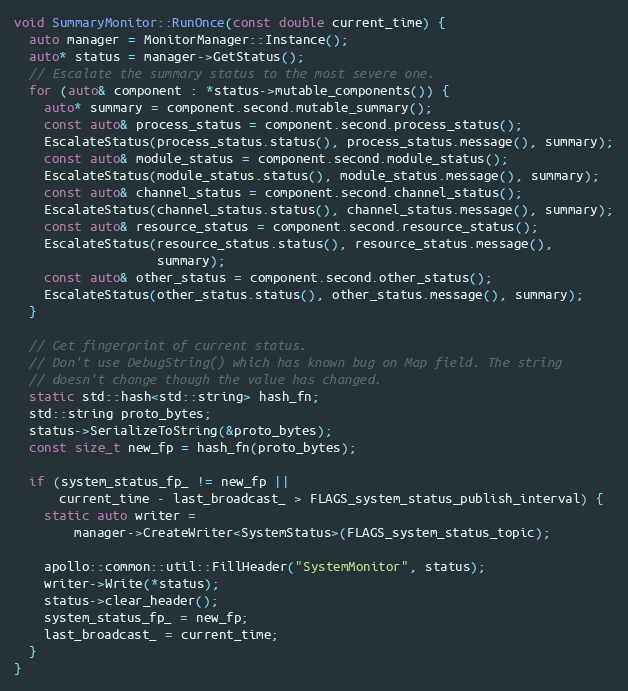
Language: C++
void SummaryMonitor::RunOnce(const double current_time) {
  auto manager = MonitorManager::Instance();
  auto* status = manager->GetStatus();
  // Escalate the summary status to the most severe one.
  for (auto& component : *status->mutable_components()) {
    auto* summary = component.second.mutable_summary();
    const auto& process_status = component.second.process_status();
    EscalateStatus(process_status.status(), process_status.message(), summary);
    const auto& module_status = component.second.module_status();
    EscalateStatus(module_status.status(), module_status.message(), summary);
    const auto& channel_status = component.second.channel_status();
    EscalateStatus(channel_status.status(), channel_status.message(), summary);
    const auto& resource_status = component.second.resource_status();
    EscalateStatus(resource_status.status(), resource_status.message(),
                   summary);
    const auto& other_status = component.second.other_status();
    EscalateStatus(other_status.status(), other_status.message(), summary);
  }

  // Get fingerprint of current status.
  // Don't use DebugString() which has known bug on Map field. The string
  // doesn't change though the value has changed.
  static std::hash<std::string> hash_fn;
  std::string proto_bytes;
  status->SerializeToString(&proto_bytes);
  const size_t new_fp = hash_fn(proto_bytes);

  if (system_status_fp_ != new_fp ||
      current_time - last_broadcast_ > FLAGS_system_status_publish_interval) {
    static auto writer =
        manager->CreateWriter<SystemStatus>(FLAGS_system_status_topic);

    apollo::common::util::FillHeader("SystemMonitor", status);
    writer->Write(*status);
    status->clear_header();
    system_status_fp_ = new_fp;
    last_broadcast_ = current_time;
  }
}